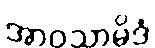
အာဝသာမိဒံ